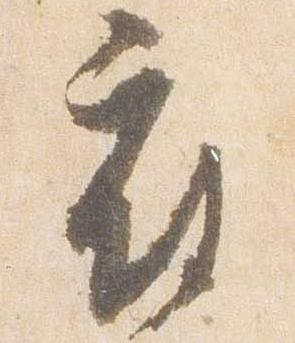
府